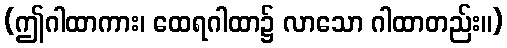
(ဤဂါထာကား၊ ထေရဂါထာ၌ လာသော ဂါထာတည်း။)